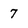
Character: 7